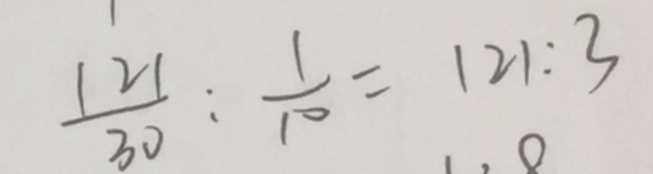
\frac { 1 2 1 } { 3 0 } : \frac { 1 } { 1 0 } = 1 2 1 : 3